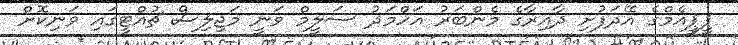
ޕީޕީއެމްގެ އޭދަފުށި ދާއިރާގެ މެންބަރު އަހްމަދު ސަލީމް ވަނީ މަޖިލިސް ޗުއްޓީގައި ވަނިކޮށް